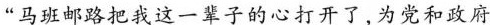
“马班邮路把我这一辈子的心打开了，为党和政府